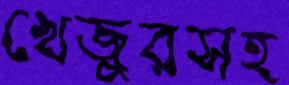
খেজুরসহ